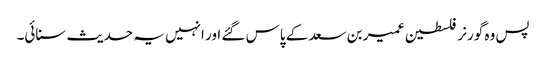
پس وہ گورنر فلسطین عمیر بن سعد کے پاس گئے اور انہیں یہ حدیث سنائی۔